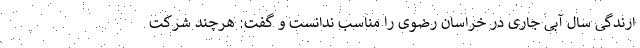
ارندگی سال آبی جاری در خراسان رضوی را مناسب ندانست و گفت: هرچند شرکت